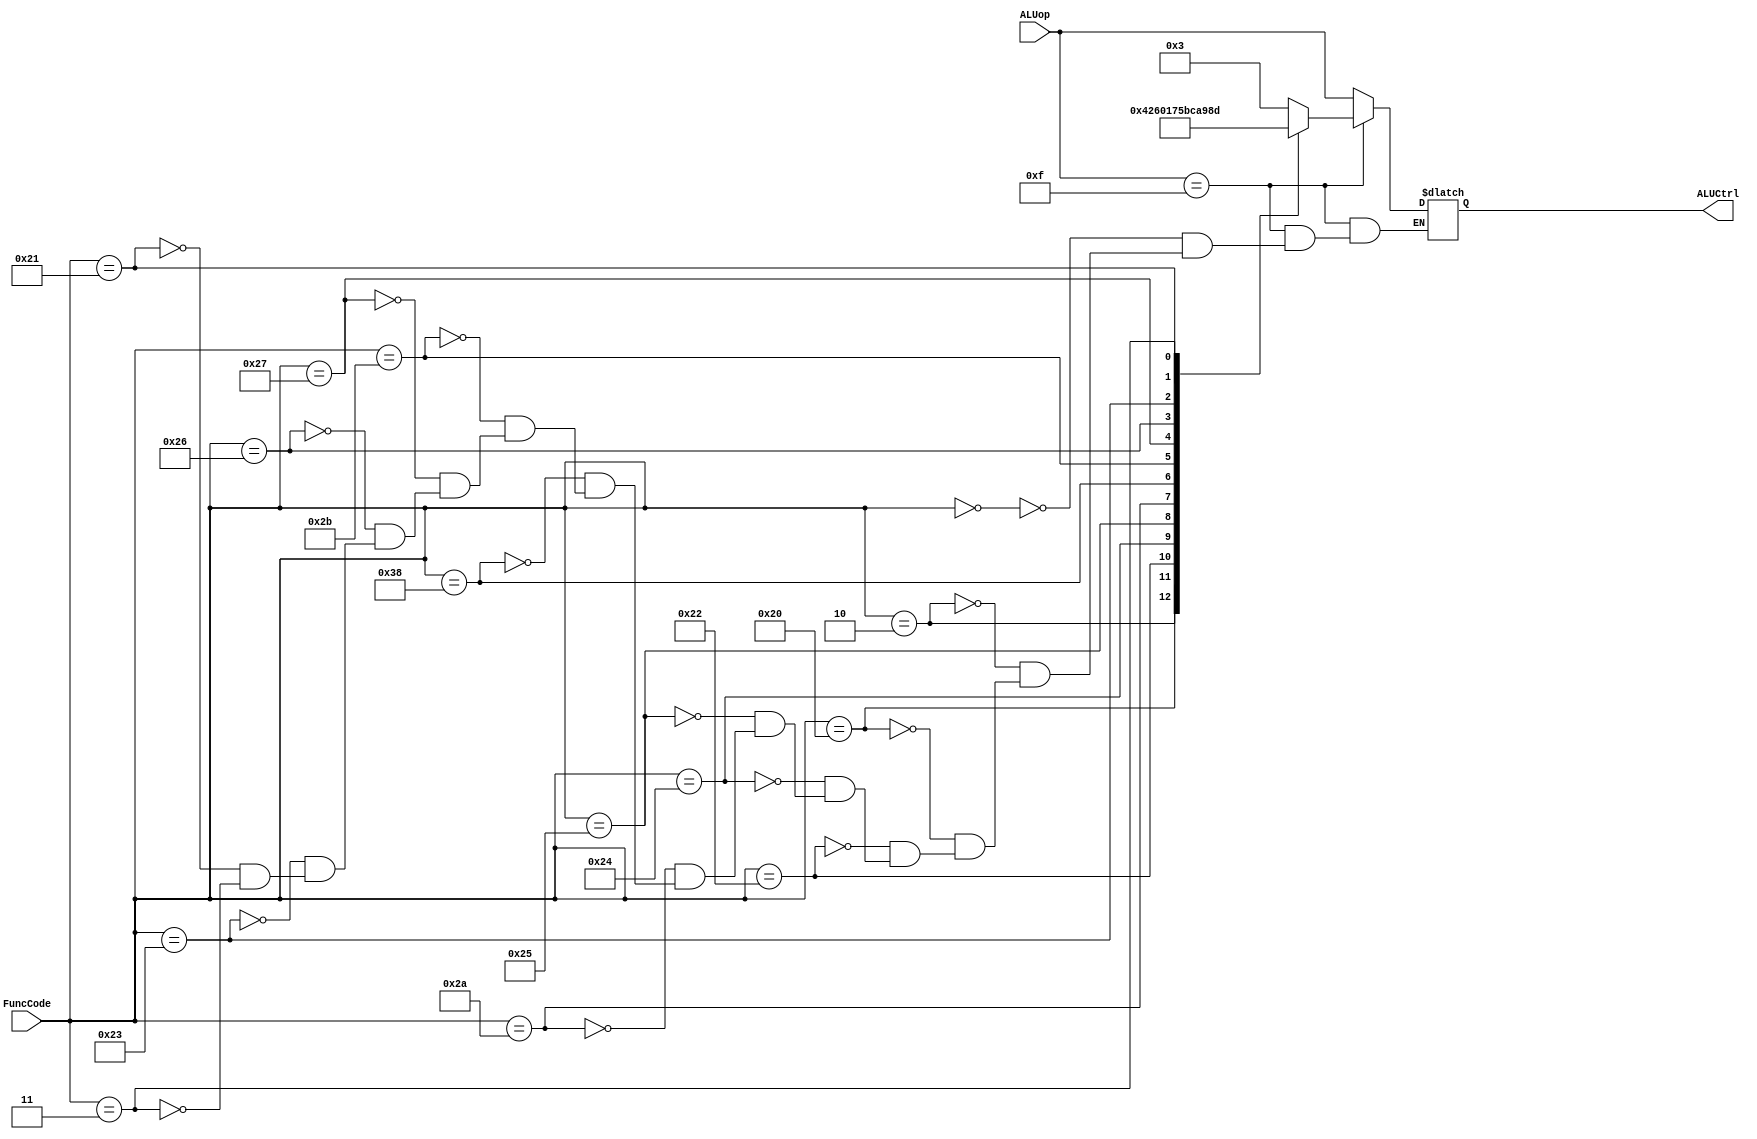
`timescale 1ns / 1ps

module ALUControl (ALUCtrl , ALUop, FuncCode ) ;
input [3 : 0] ALUop;
input [5 : 0] FuncCode ;
output reg [3:0] ALUCtrl;


always@(*) begin
if(ALUop==4'b1111) begin //if the aluop is 1111, then you need to look at func code
	case(FuncCode)
		6'b000000: ALUCtrl=4'b0011; //sll 
		6'b000010: ALUCtrl=4'b0100; //srl
		6'b100000: ALUCtrl=4'b0010; //add
		6'b100010: ALUCtrl=4'b0110; //sub
		6'b100100: ALUCtrl=4'b0000; //and
		6'b100101: ALUCtrl=4'b0001; //or
		6'b101010: ALUCtrl=4'b0111; //slt
		
		6'b111000: ALUCtrl=4'b0101; //mula
		6'b101011: ALUCtrl=4'b1011; //sltu
		6'b100111: ALUCtrl=4'b1100; //nor
		6'b100110: ALUCtrl=4'b1010; //xor
		6'b100011: ALUCtrl=4'b1001; //subu
		6'b100001: ALUCtrl=4'b1000; //addu
		6'b000011: ALUCtrl=4'b1101; //SRA
	endcase
end
else begin
	ALUCtrl=ALUop; //handles all of hte other aluop codes.  doesn't look at func
	end
end
endmodule